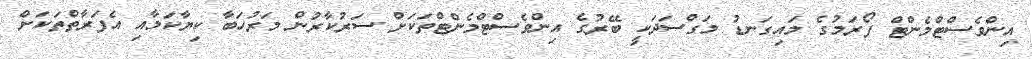
އިންވެސްޓްމެންޓް ފޯރަމުގެ މައިގަނޑު މަގްސަދަކީ ބޭރުގެ އިންވެސްޓްމެންޓްތަކަށް ސަރުކާރުން މަރުހަބާ ކިޔާކަމާއި އެފަރާތްތަކަށް